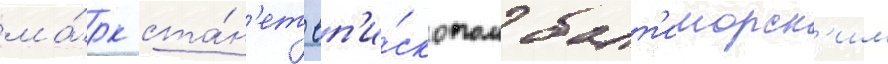
ма́рк ста́н'ет еп'и́скопом балт'иморск'им